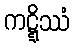
ကဋ္ဋိဿံ